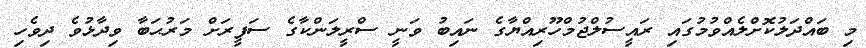
މި ބައްދަލުކޮށްލެއްވުމުގައި ރައީސުލްޖުމްހޫރިއްޔާގެ ނައިބު ވަނީ ސްރީލަންކާގެ ސަފީރަށް މަރުޙަބާ ވިދާޅުވެ ދިވެހި